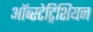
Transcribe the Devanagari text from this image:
ऑब्स्टेट्रिशियन